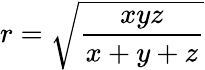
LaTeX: r={\sqrt{\frac{xyz}{x+y+z}}}